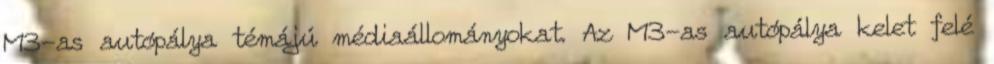
M3-as autópálya témájú médiaállományokat. Az M3-as autópálya kelet felé